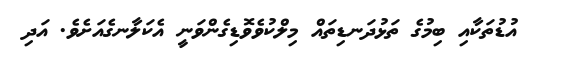
އުޑުތަކާއި ބިމުގެ ތަޅުދަނޑިތައް މިލްކުވެވޮޑިގެންވަނީ އެކަލާނގެއަށެވެ. އަދި